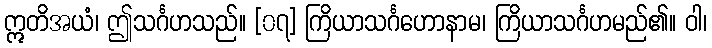
ဣတိအယံ၊ ဤသင်္ဂဟသည်။ [၀၇] ကြိယာသင်္ဂဟောနာမ၊ ကြိယာသင်္ဂဟမည်၏။ ဝါ၊